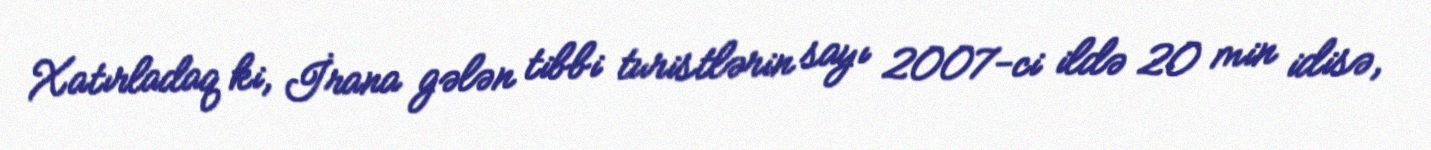
Xatırladaq ki, İrana gələn tibbi turistlərin sayı 2007-ci ildə 20 min idisə,